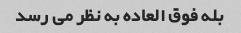
بله فوق العاده به نظر می رسد